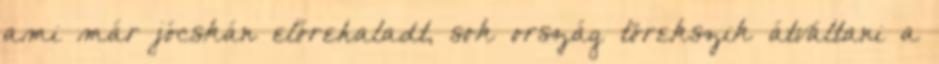
ami már jócskán előrehaladt, sok ország törekszik átváltani a